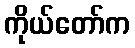
ကိုယ်တော်က